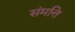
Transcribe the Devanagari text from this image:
संमत्ति